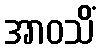
အာဝသိံ